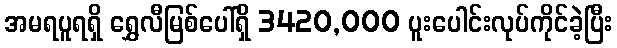
အမရပူရရှိ ရွှေလီမြစ်ပေါ်ရှိ 3420,000 ပူးပေါင်းလုပ်ကိုင်ခဲ့ပြီး